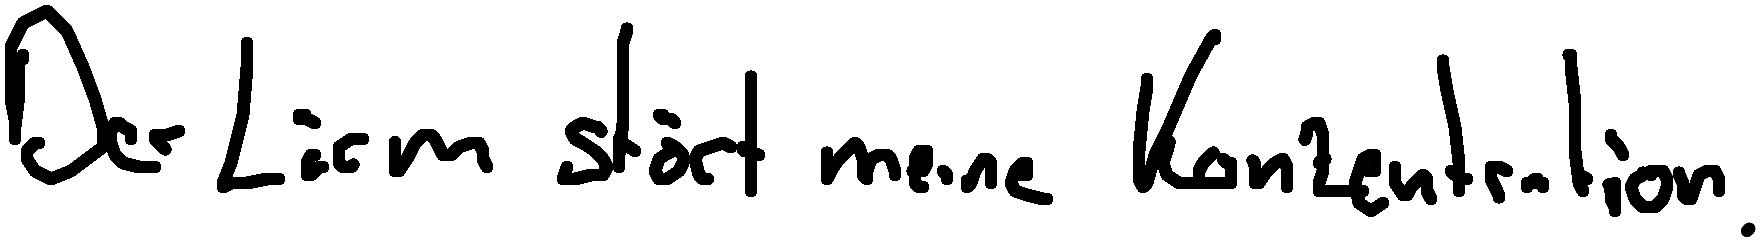
Der Lärm stört meine Konzentration.